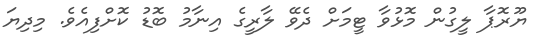
ޔޫރޮޕާ ލީގުން މޮޅުވާ ޓީމަށް ދެވޭ ލާރީގެ އިނާމު ބޮޑު ކޮށްފިއެވެ. މިދިޔަ